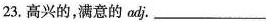
23.高兴的，满意的adj.___